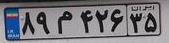
۸۹م۴۲۶۳۵